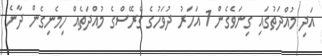
އަދި މުއްދަތުގައި ގިނަވެގެން 1 އަހަރު ދުވަހުގެ ގްރޭސްގެ މުއްދަތެއް ހިމެނިގެން ދާނެ